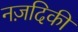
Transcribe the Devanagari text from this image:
नज़दिकी